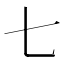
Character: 七